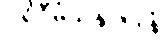
ပရိဝီမံသနုပါဒါနံ